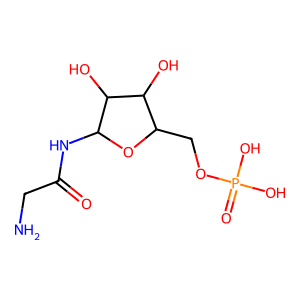
SMILES: NCC(=O)NC1OC(COP(=O)(O)O)C(O)C1O
Inhibits HIV replication: No